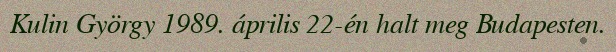
Kulin György 1989. április 22-én halt meg Budapesten.